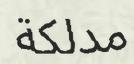
مدلكة